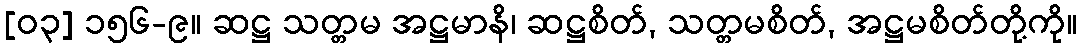
[၀၃] ၁၅၆-၉။ ဆဋ္ဌ သတ္တမ အဋ္ဌမာနိ၊ ဆဋ္ဌစိတ်, သတ္တမစိတ်, အဋ္ဌမစိတ်တို့ကို။